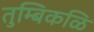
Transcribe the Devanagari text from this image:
तुम्बिकळि